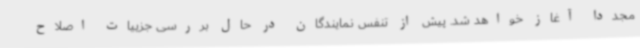
مجددا آغاز خواهد شد. پیش از تنفس نمایندگان در حال بررسی جزییات اصلاح